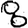
Digit: 8